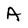
Character: A